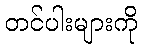
တင်ပါးများကို